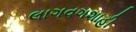
લાગવગશાહી